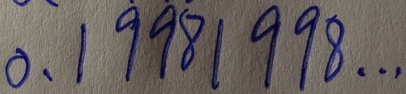
0 . 1 9 9 8 1 9 9 8 \cdots